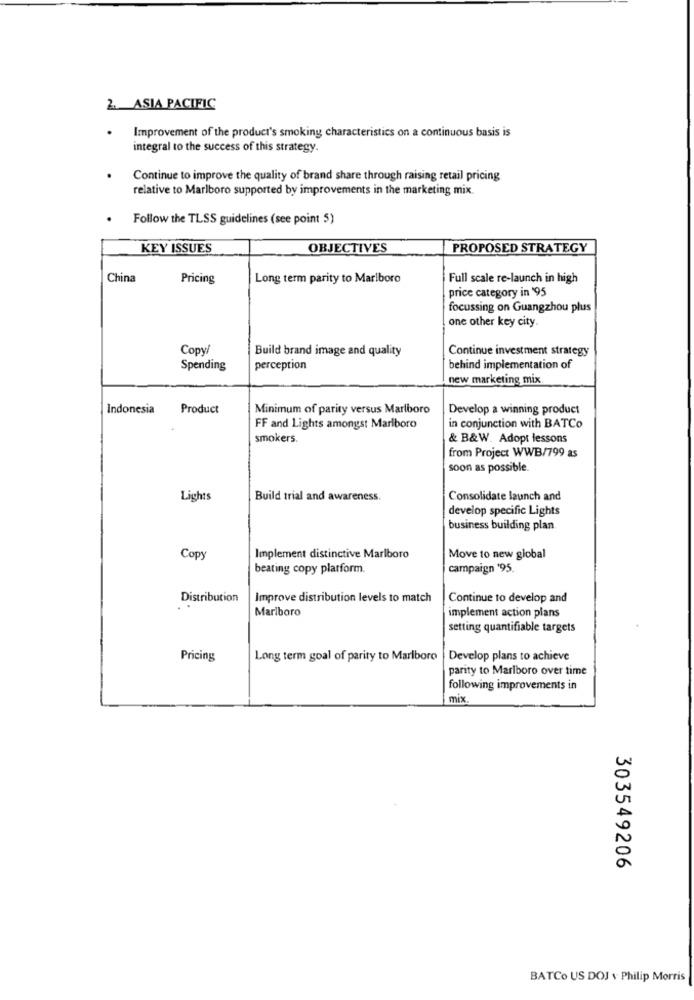
2. ASIA PACIFIC
Improvement of the product's smoking characteristics on a continuous basis is
integral to the success of this strategy.
Continue to improve the quality of brand share through raising retail pricing
relative to Marlboro supported by improvements in the marketing mix.
Follow the TLSS guidelines (see point 5)
KEY ISSUES
OBJECTIVES
PROPOSED STRATEGY
China
Pricing
Long term parity to Marlboro
Full scale re-launch in high
price category in '95
focussing on Guangzhou plus
one other key city.
Copy/
Build brand image and quality
Continue investment strategy
Spending
perception
behind implementation of
new marketing mix
Indonesia
Product
Minimum of parity versus Marlboro
Develop a winning product
FF and Lights amongst Marlboro
in conjunction with BATCo
smokers.
& B&W. Adopt lessons
from Project WWB/799 as
soon as possible.
Lights
Build trial and awareness.
Consolidate launch and
develop specific Lights
business building plan.
Copy
Implement distinctive Marlboro
Move to new global
beating copy platform.
campaign '95.
Distribution
Improve distribution levels to match
Continue to develop and
Marlboro
implement action plans
setting quantifiable targets
Pricing
Long term goal of parity to Marlboro
Develop plans to achieve
parity to Marlboro over time
following improvements in
mix
303549206
BATCo US DOJ v Philip Morris